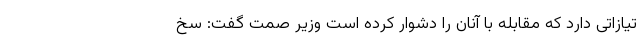
تیازاتی دارد که مقابله با آنان را دشوار کرده است وزیر صمت گفت: سخ